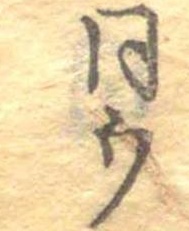
同ウ